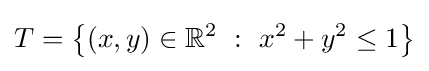
T=\left\{(x,y)\in \mathbb {R} ^{2}\ :\ x^{2}+y^{2}\leq 1\right\}